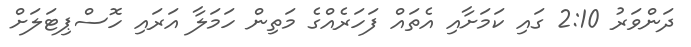
ދަންވަރު 2:10 ގައި ކަމަށާއި އެތައް ފަހަރެއްގެ މަތިން ހަމަލާ އަރައި ހޮސްޕިޓަލަށް